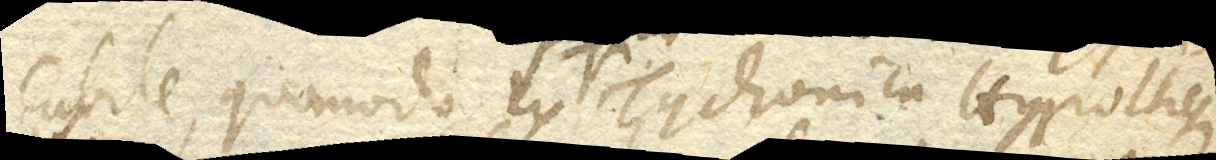
cabile, quomodo ex Tychonica Hypothesi